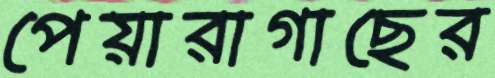
পেয়ারাগাছের